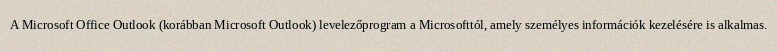
A Microsoft Office Outlook (korábban Microsoft Outlook) levelezőprogram a Microsofttól, amely személyes információk kezelésére is alkalmas.